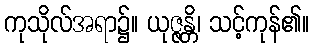
ကုသိုလ်အရာ၌။ ယုဇ္ဇန္တိ၊ သင့်ကုန်၏။